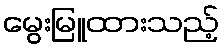
မွေးမြူထားသည့်